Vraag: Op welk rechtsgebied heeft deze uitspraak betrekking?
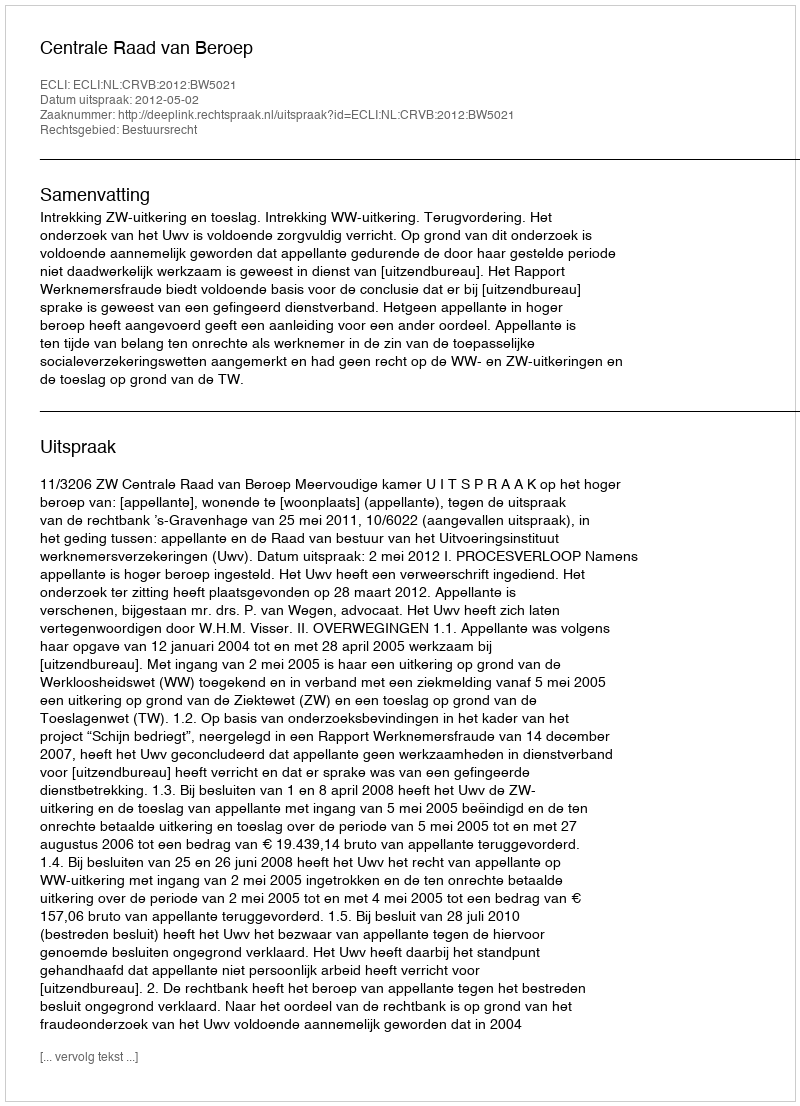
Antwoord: Bestuursrecht